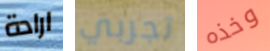
ارادة تجربي وخذه